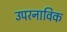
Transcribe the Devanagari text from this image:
उपरनाविक